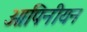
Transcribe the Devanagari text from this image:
ओपिनीयन